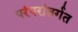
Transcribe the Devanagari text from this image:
परंपरांतर्गत